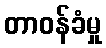
တာဝန်ခံမှု